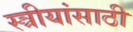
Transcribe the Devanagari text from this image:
स्त्रीयांसाठी